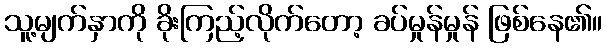
သူ့မျက်နှာကို ခိုးကြည့်လိုက်တော့ ခပ်မှုန်မှုန် ဖြစ်နေ၏။